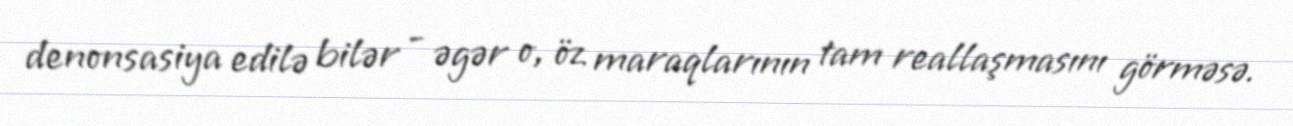
denonsasiya edilə bilər - əgər o, öz maraqlarının tam reallaşmasını görməsə.